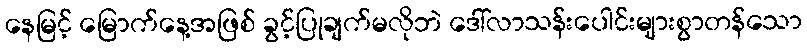
နေမြင့် မြောက်နေ့အဖြစ် ခွင့်ပြုချက်မလိုဘဲ ဒေါ်လာသန်းပေါင်းများစွာတန်သော